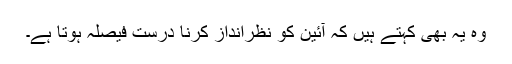
وہ یہ بھی کہتے ہیں کہ آئین کو نظرانداز کرنا درست فیصلہ ہوتا ہے۔